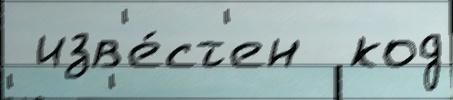
 изв'е́ст'ен  код